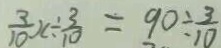
\frac { 3 } { 1 0 } x \div \frac { 3 } { 1 0 } = 9 0 \div \frac { 3 } { 1 0 }